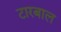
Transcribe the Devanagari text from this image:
टारबाल